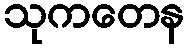
သုကတေန